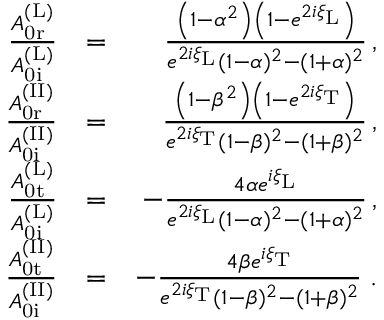
\begin{array} { r l r } { \frac { A _ { \mathrm { 0 r } } ^ { \mathrm { ( L ) } } } { A _ { \mathrm { 0 i } } ^ { \mathrm { ( L ) } } } } & { = } & { \frac { \left( 1 - \alpha ^ { 2 } \right) \left( 1 - e ^ { 2 i \xi _ { \mathrm { L } } } \right) } { e ^ { 2 i \xi _ { \mathrm { L } } } ( 1 - \alpha ) ^ { 2 } - ( 1 + \alpha ) ^ { 2 } } \, , } \\ { \frac { A _ { \mathrm { 0 r } } ^ { \mathrm { ( I I ) } } } { A _ { \mathrm { 0 i } } ^ { \mathrm { ( I I ) } } } } & { = } & { \frac { \left( 1 - \beta ^ { 2 } \right) \left( 1 - e ^ { 2 i \xi _ { \mathrm { T } } } \right) } { e ^ { 2 i \xi _ { \mathrm { T } } } ( 1 - \beta ) ^ { 2 } - ( 1 + \beta ) ^ { 2 } } \, , } \\ { \frac { A _ { \mathrm { 0 t } } ^ { \mathrm { ( L ) } } } { A _ { \mathrm { 0 i } } ^ { \mathrm { ( L ) } } } } & { = } & { - \frac { 4 \alpha e ^ { i \xi _ { \mathrm { L } } } } { e ^ { 2 i \xi _ { \mathrm { L } } } ( 1 - \alpha ) ^ { 2 } - ( 1 + \alpha ) ^ { 2 } } \, , } \\ { \frac { A _ { \mathrm { 0 t } } ^ { \mathrm { ( I I ) } } } { A _ { \mathrm { 0 i } } ^ { \mathrm { ( I I ) } } } } & { = } & { - \frac { 4 \beta e ^ { i \xi _ { \mathrm { T } } } } { e ^ { 2 i \xi _ { \mathrm { T } } } ( 1 - \beta ) ^ { 2 } - ( 1 + \beta ) ^ { 2 } } \; . } \end{array}